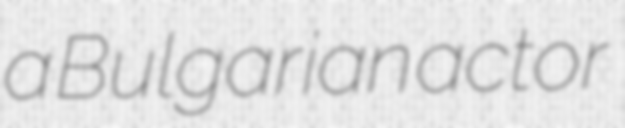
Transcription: a Bulgarian actor